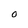
Character: 0